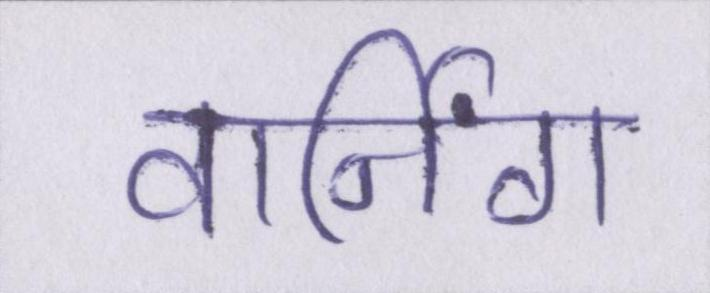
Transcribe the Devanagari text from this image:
वार्निंग